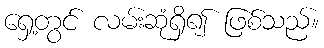
ရှေ့တွင် လမ်းဆုံရှိ၍ ဖြစ်သည်။